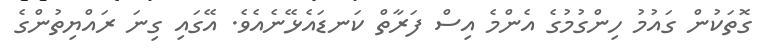
ގޮތަކުން ގައުމު ހިންގުމުގެ އެންމެ އިސް ފަރާތް ކަނޑައެޅޭނެއެވެ. އޭގައި ގިނަ ރައްޔިތުންގެ